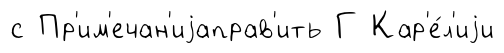
с Пр'им'ечан'иjаправ'ить Г Кар'е́л'иjи